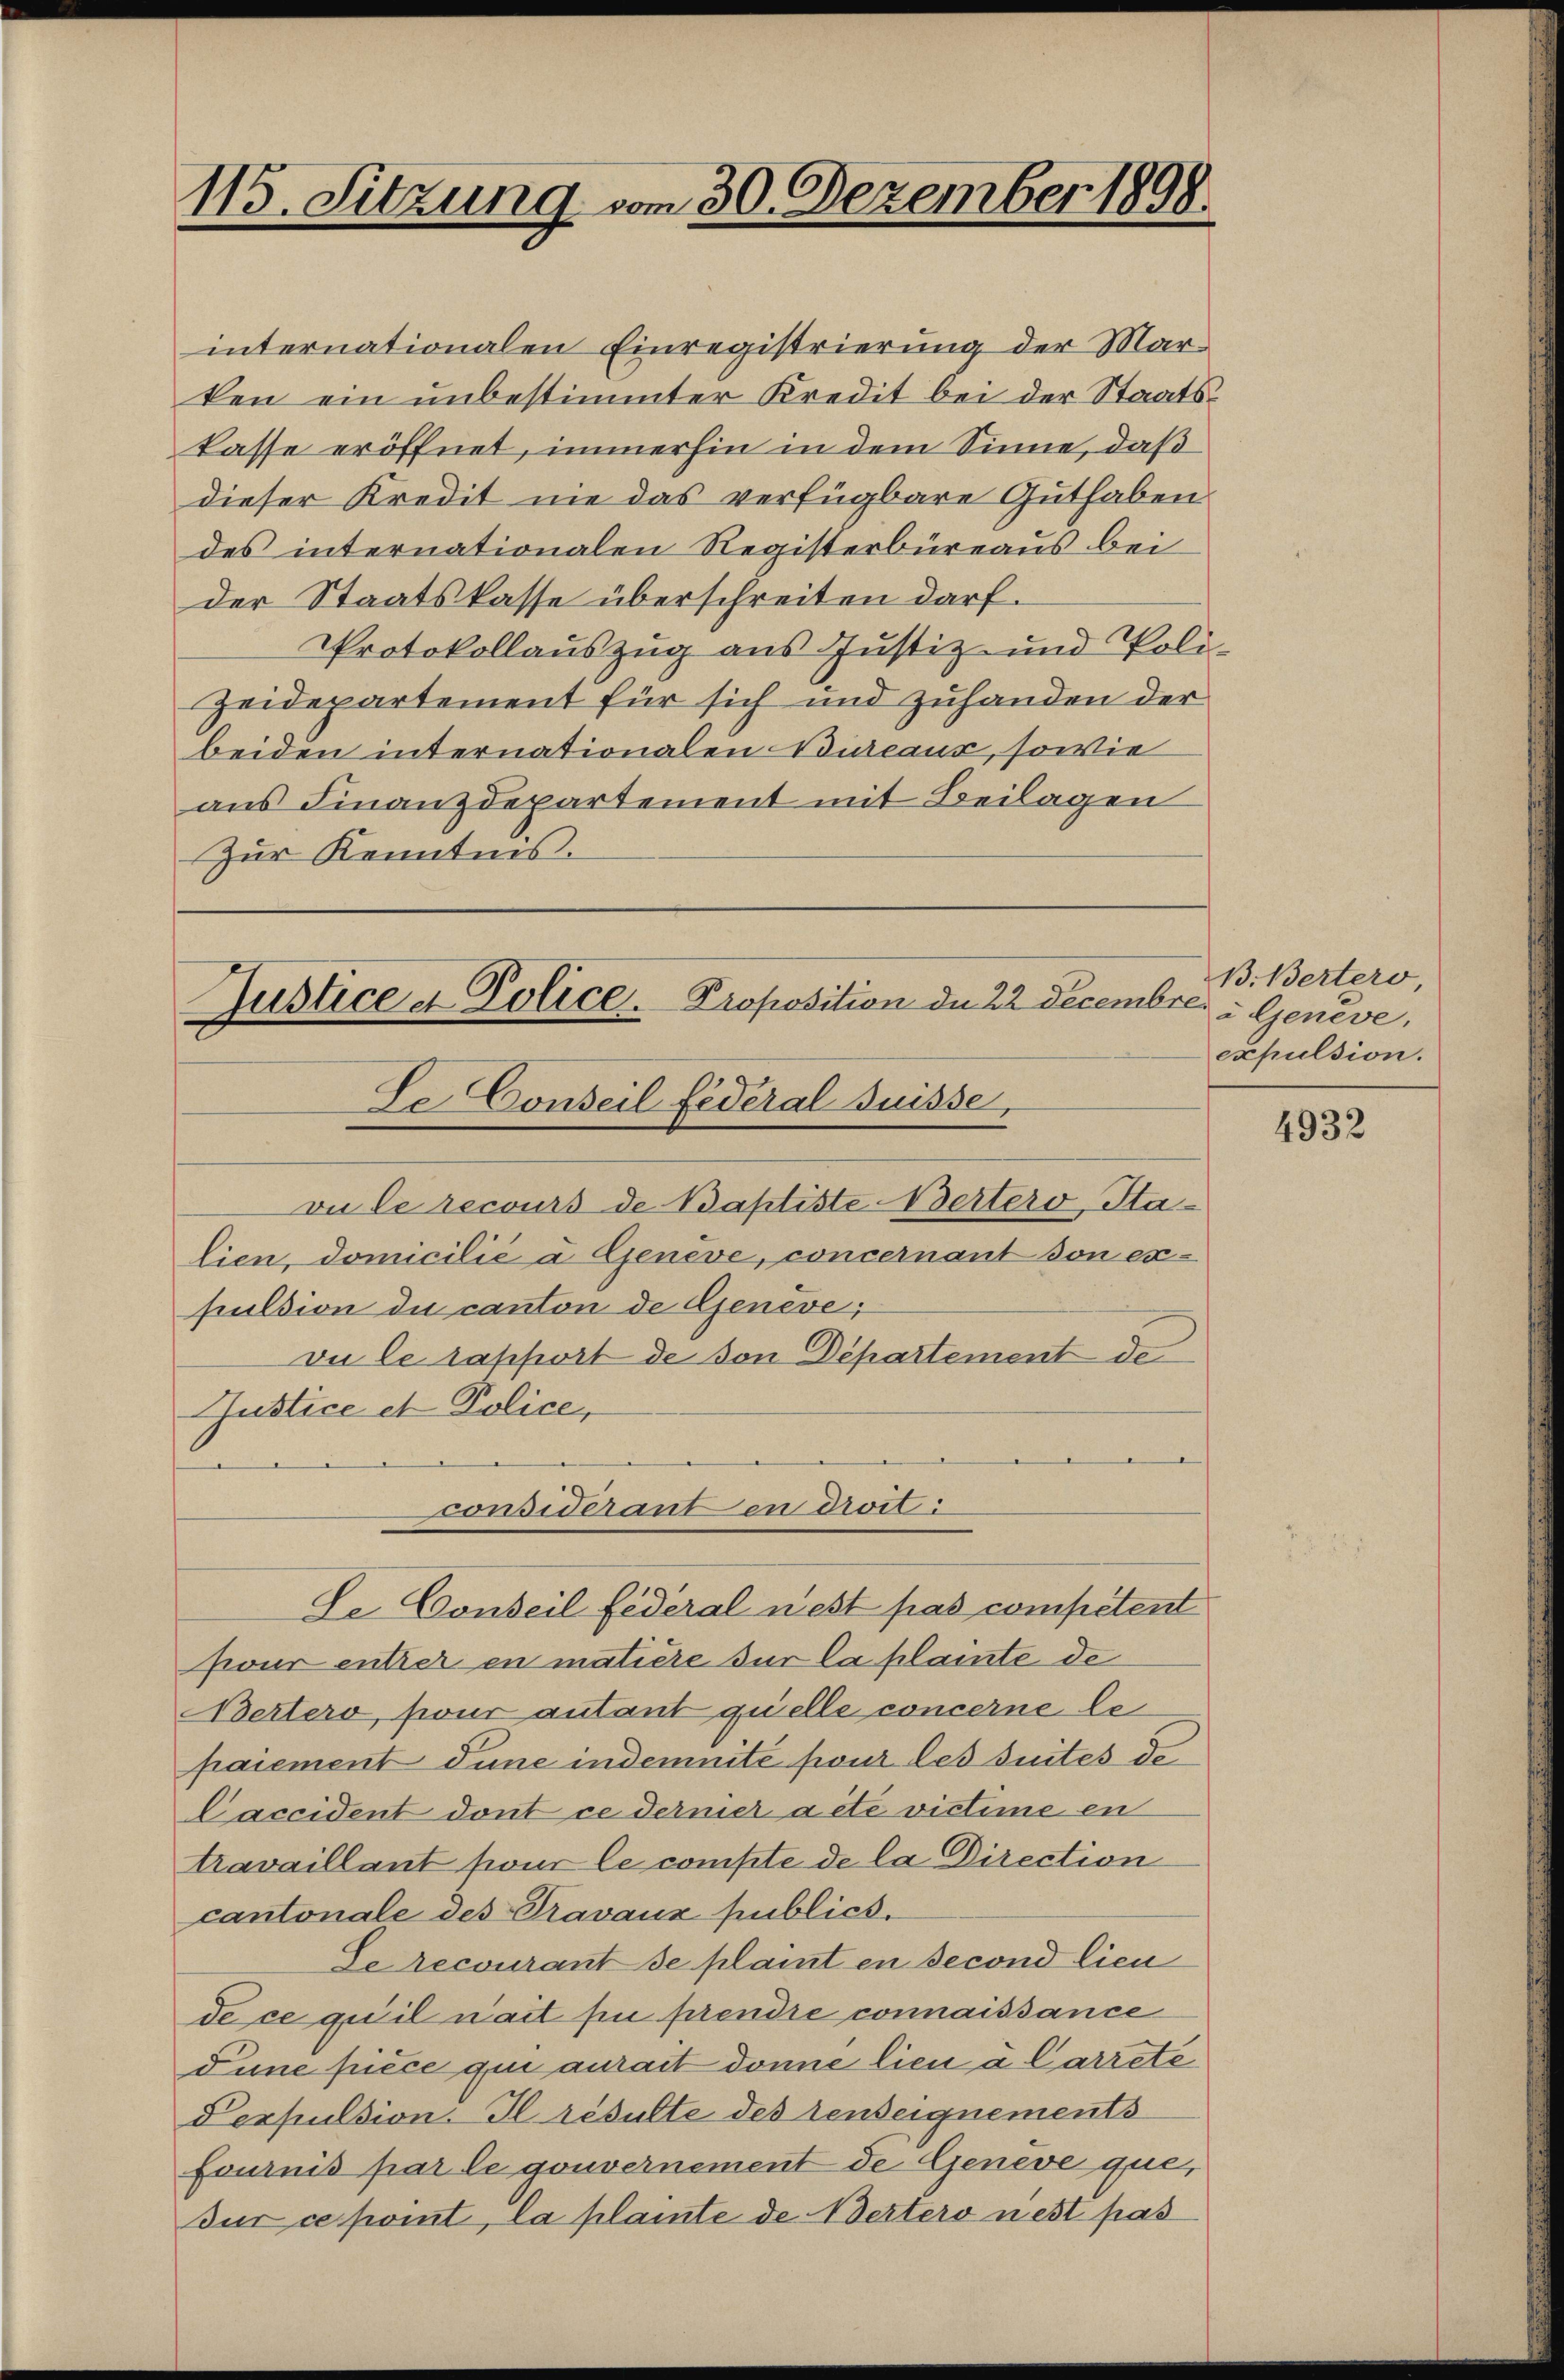
115. Sitzung vom 30. Dezember 1898.

internationalen Einregistrierung der Marken ein unbestimmter Kredit bei der Staatskasse eröffnet, immerhin in dem Sinne, daß
dieser Kredit nie das verfügbare Guthaben
des internationalen Registerbüreaus bei
der Staatskasse überschreiten darf.
Protokollauszug aus Justiz- und Poli¬
Zeidepartement für sich und zuhanden der
beiden internationalen Bureaus, sowie
aus Finanzdepartement mit Beilagen
Zur Kenntnis.

Justice et Police. Proposition de 22 Decembre " Genève,
de Conseil fédéral Suisse,

considerant en droit
De Conseil fédéral nest pas competent

vu le recours de Baptiste Wertero, Stalien, domicilie u. Genève, concernant von expulsion du canton de Geneve;
vu le rapport de von Departement de
Justice et Police,

sieur entzer en matière für la plamte de
ertero, pour autant quelle concerne le
paiement dune indemnité pour les suites de
Caccident dont ce dernier acte victime en
travaillant sont le compte de la Direction
cantonale des Pravaux publich.
de recourant de plaint en second lieu
de ce qu’il nait fin prendre connaissance
Pune piece qui aurait donne lieu à Carrete
Pexpulsion. Il résulte des denseignements
fournis par le gouvernement de Geneve que,
dur ce point, la plante de Wertero nest pas

B. Bertero
expulsion.

4932